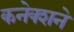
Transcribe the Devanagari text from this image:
कनेक्शने